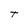
Character: T